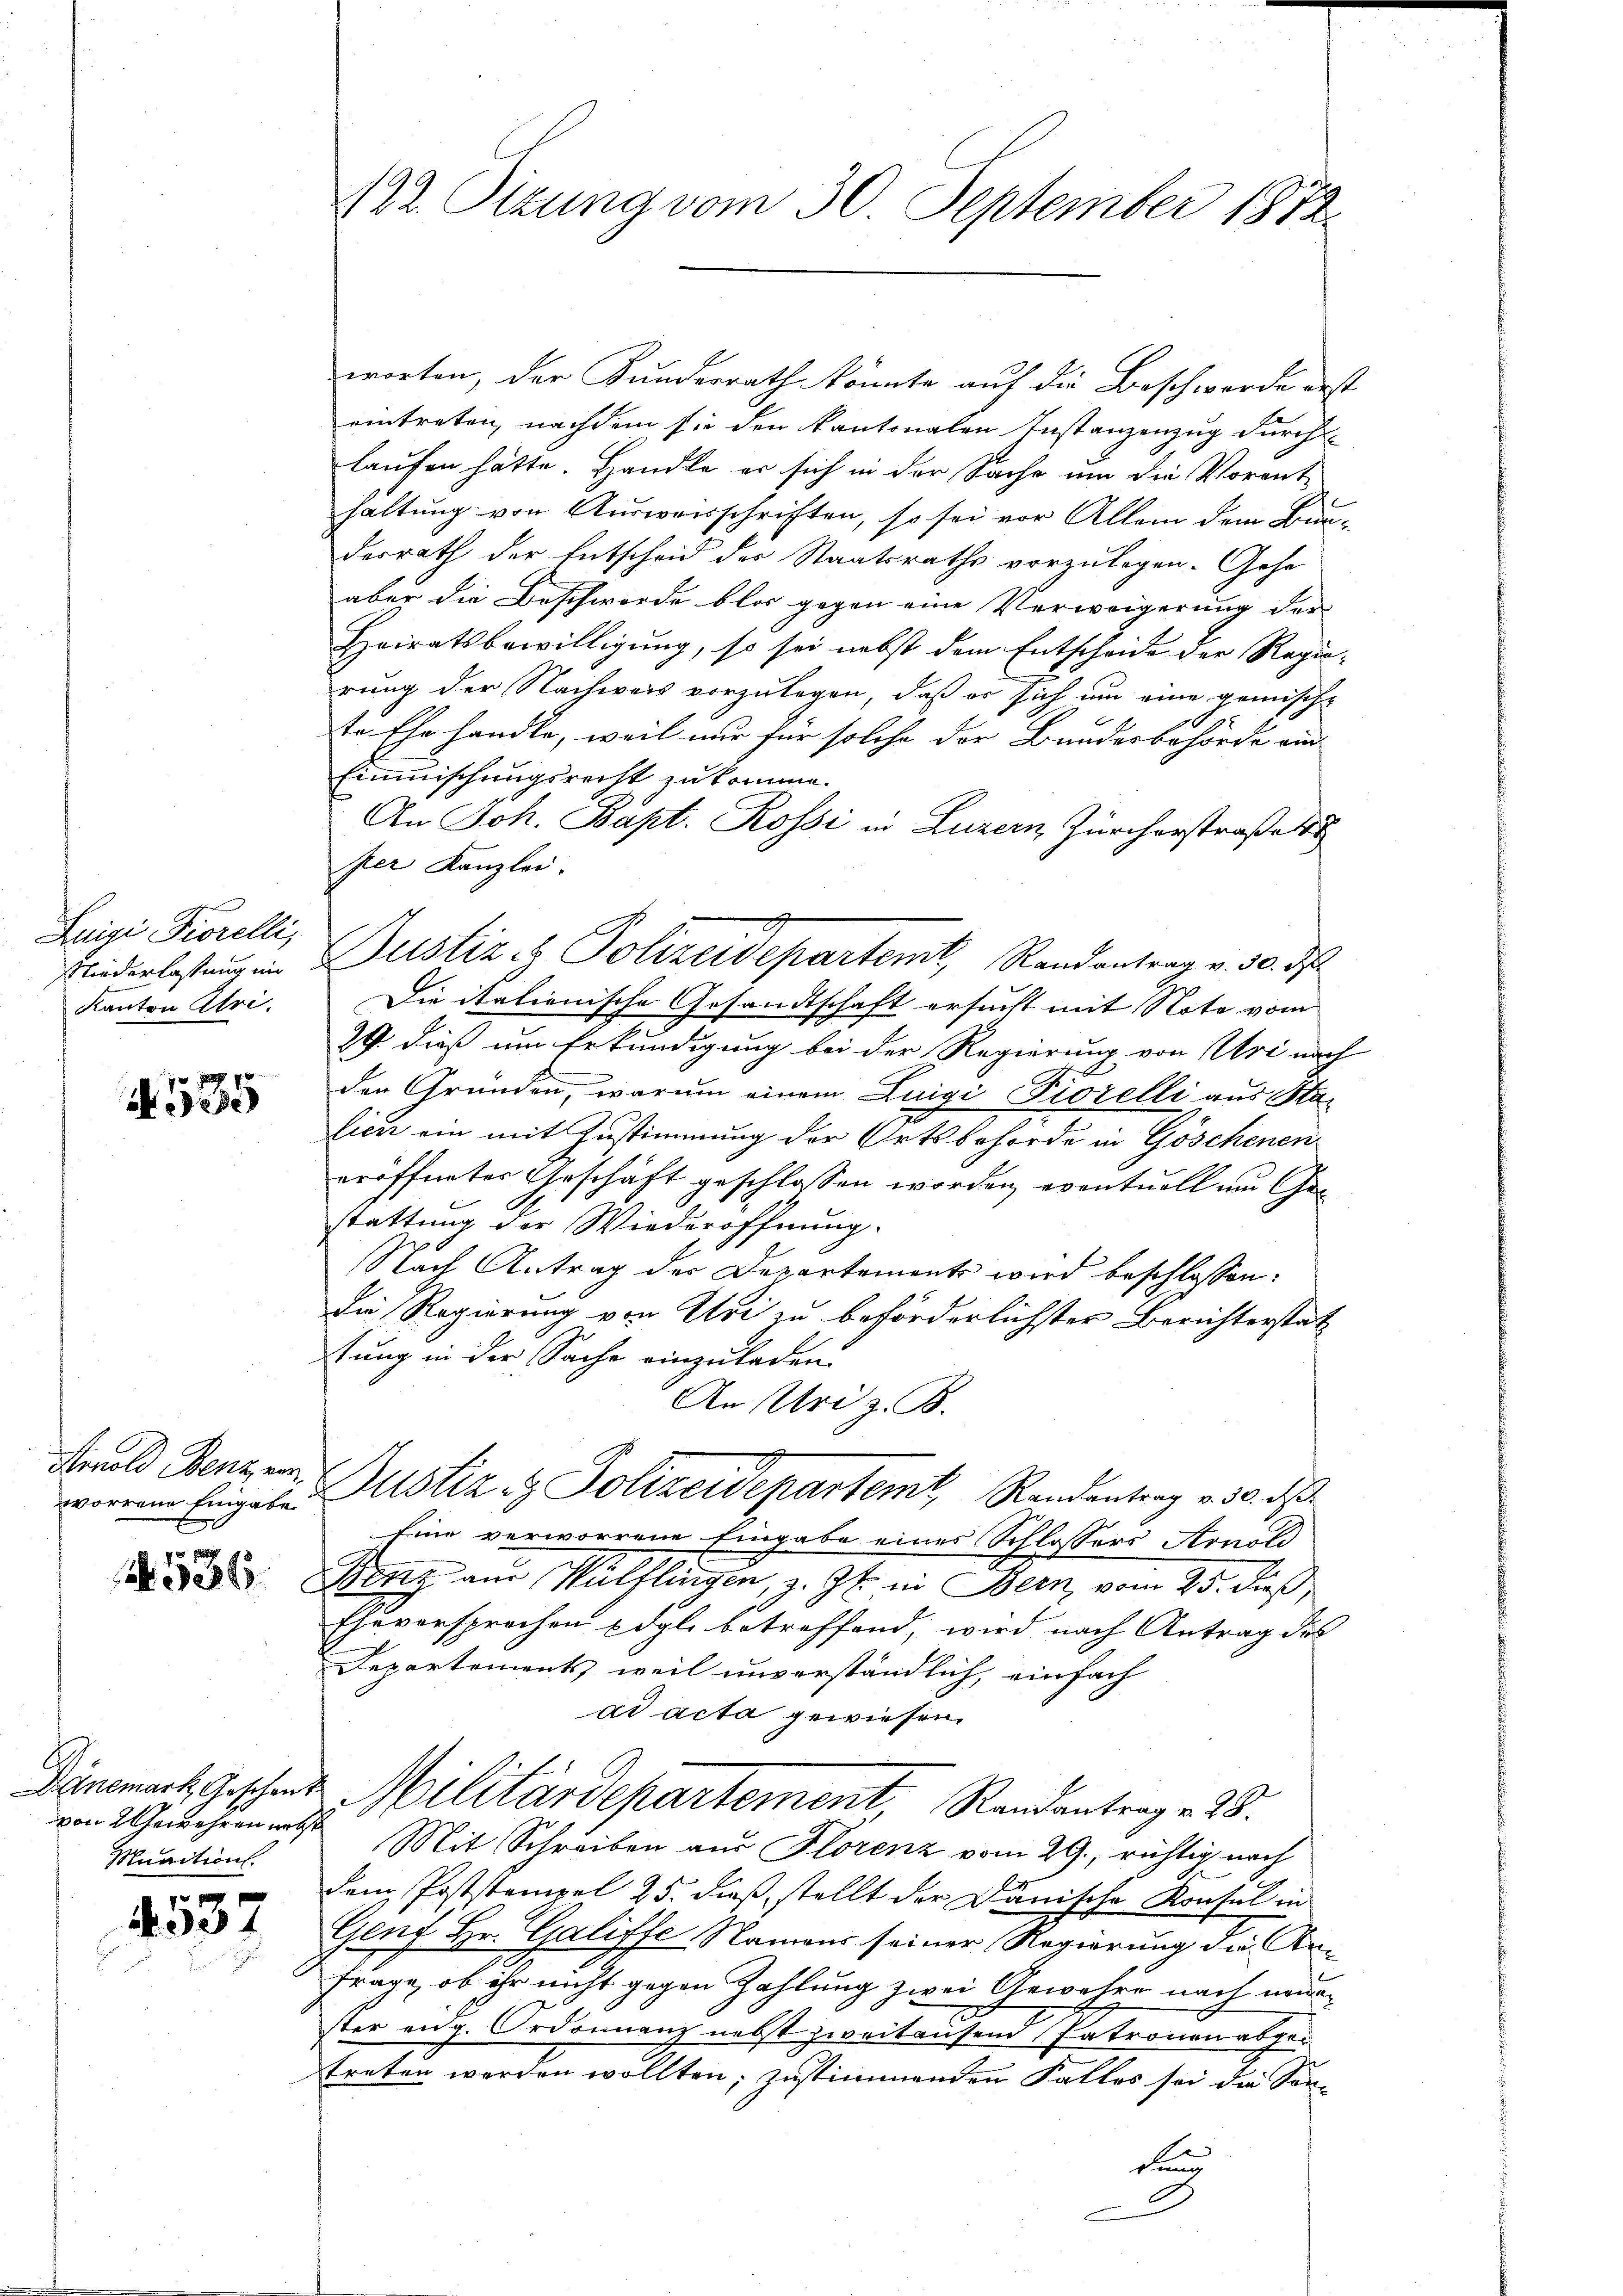
Luigi Fiorelli,
Kanton Atri.

N 535

Monold Benz ver
worrene Eingabe

536.

Munition

4537

122 Sizung vom 30. September 1872.

worten, der Bundesrath könnte auf die Beschwerde erst
eintreten, nachdem sie den kantonalen Instanzenzug durch
laufen hätte. Handle er sich in der Sache um die Vorant-
haltung von Ausweisschriften, so sei vor Aller dem Bundesrath der Entscheid des Staatsraths vorzulegen. Gehe
aber die Beschwerde blos gegen eine Verweigerung der
Heiratsbewilligung, so sei nebst dem Entscheide der Regie-
rung der Nachweis vorzulegen, daß er sich um eine gemische
te Ehe handle, weil nur für solche der Bundesbehörde ein
Einmischungsrecht zu komme.
An Joh. Bapt. Rossi in Luzern, Zürcherstraße
per Kanzlei.
Niederlastung in Justiz & Polizeidepartemt, Randantrag v. 30. d
Die itationische Gesandtschaft ersucht mit Note vom
29. dieß um Erkundigung bei der Regierung von Uri nach
den Gründen, warum einem Luigi Fiorelli aus Stan
lien ein mit Zustimmung der Ortsbehörde in Göschenen
eröffnetes Geschäft geschlossen worden, eventuell um Gestattung der Wiederöffnung.
Nach Antrag der Departements wird beschlossen:
die Regierung von Uri zu beförderlichster Berichterstat
stung in der Sache einzuladen.
An Uri z. B.
Justiz & Polizeidepartemt, Randentrag v. 30. ds
Eine verworrene Eingabe eines Schlossers Arnold
Berry aus Wülflingen, z. Zt. in Bern, vom 25. dieß,
Eheversprochen Edgl. betreffend, wird nach Antrag des
Departements, weil unverständlich, einfach
ad acta gewiesen.
Dänemark Geschente Militärdepartement Randantrag v. 28.
von 2 Gewehren aus Mit Schreiben aus Florenz vom 29. richtig nach
dem Poststempel 25. dieß stellt der Dänische Konsul in
Genf Hr. Galiffe, Namens seiner Regierung die Anfrage, ob ihr nicht gegen Zahlung zwei Gewahre nach nunster eng. Ordonnanz nebst zweitensem Patronen abgetreten werden wollten, zustimmenden Falles sei die Sondung
G